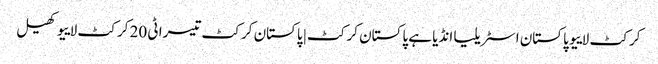
کرکٹ لاییو پاکستان اسٹریلیا انڈیا ہے پاکستان کرکٹ | پاکستان کرکٹ تیسرا ٹی 20 کرکٹ لاییو کھیل